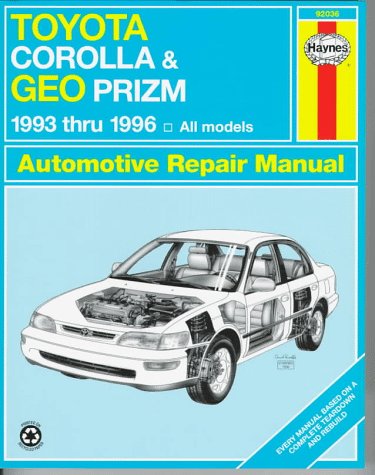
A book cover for Toyota Corolla & Geo Prizm Automotive Repair Manual: Models Covered : All Toyota Corolla and Geo Prizm Models 1993 Through 1996 (Haynes Automotive Repair Manual Series); Jay Storer; Engineering & Transportation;